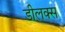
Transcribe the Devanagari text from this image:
डीलक्‍स